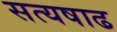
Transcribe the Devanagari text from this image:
सत्यषाढ